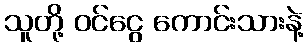
သူတို့ ဝင်ငွေ ကောင်းသားနဲ့